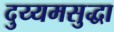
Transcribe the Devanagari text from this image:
दुय्यमसुद्धा